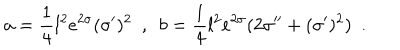
LaTeX: a = \frac 1 4 l ^ { 2 } e ^ { 2 \sigma } ( \sigma ^ { \prime } ) ^ { 2 } ~ ~ , ~ ~ b = \frac 1 4 l ^ { 2 } e ^ { 2 \sigma } ( 2 \sigma ^ { \prime \prime } + ( \sigma ^ { \prime } ) ^ { 2 } ) ~ ~ .